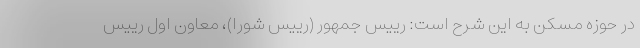
در حوزه مسکن به این شرح است: رییس جمهور (رییس شورا)، معاون اول رییس